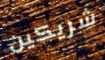
شريكين